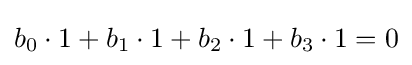
b_{0}\cdot 1+b_{1}\cdot 1+b_{2}\cdot 1+b_{3}\cdot 1=0